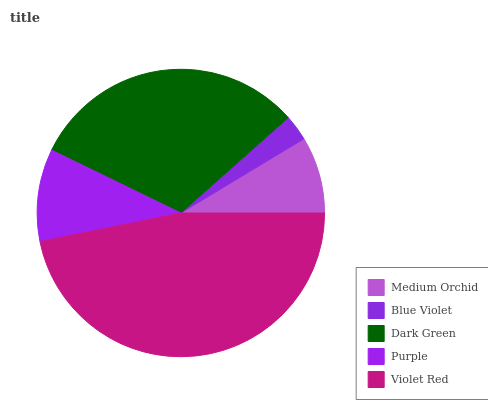
| Medium Orchid | Blue Violet | Dark Green | Purple | Violet Red |
 | --- | --- | --- | --- | --- |
 | 8.65% | 2.93% | 31.2% | 10.4% | 46.8% |